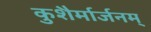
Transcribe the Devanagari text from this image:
कुशैर्मार्जनम्